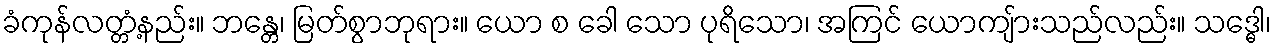
ခံကုန်လတ္တံ့နည်း။ ဘန္တေ၊ မြတ်စွာဘုရား။ ယော စ ခေါ သော ပုရိသော၊ အကြင် ယောကျ်ားသည်လည်း။ သဒ္ဓေါ၊